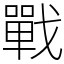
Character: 戰